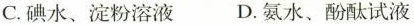
C.碘水、淀粉溶液 D.氨水、酚酞试液